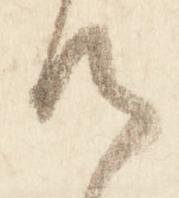
候